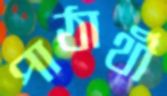
পাঠার্থী